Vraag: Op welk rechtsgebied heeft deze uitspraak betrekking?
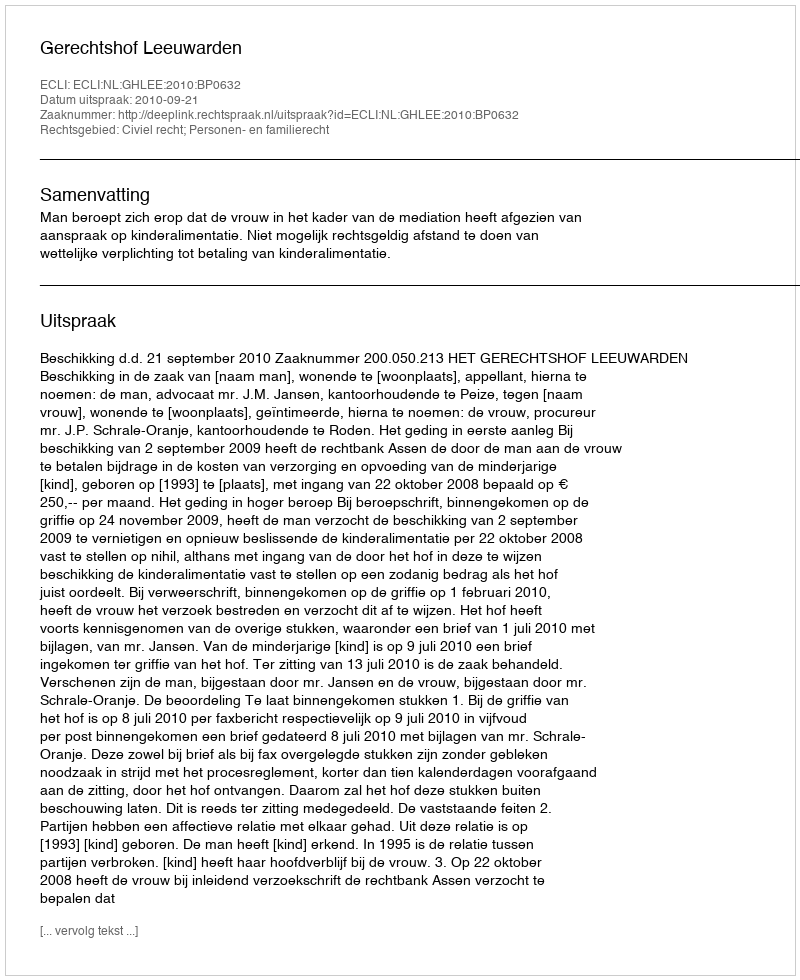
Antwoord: Civiel recht; Personen- en familierecht